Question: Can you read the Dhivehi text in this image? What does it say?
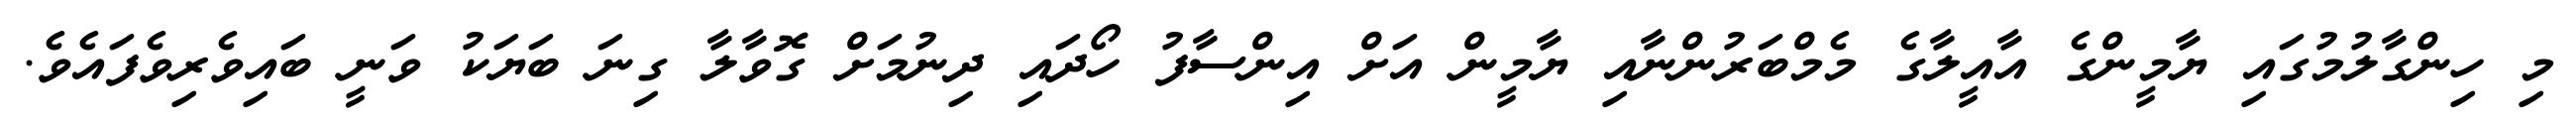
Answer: މި ހިންގާލުމުގައި ޔާމީންގެ އާއީލާގެ މެމްބަރުންނާއި ޔާމީން އަށް އިންސާފު ހޯދައި ދިނުމަށް ގޮވާލާ ގިނަ ބަޔަކު ވަނީ ބައިވެރިވެފައެވެ.